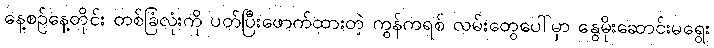
နေ့စဉ်နေ့တိုင်း တစ်ခြံလုံးကို ပတ်ပြီးဖောက်ထားတဲ့ ကွန်ကရစ် လမ်းတွေပေါ်မှာ နွေမိုးဆောင်းမရွေး